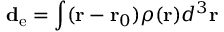
\mathbf { d } _ { \mathrm { { e } } } = \int ( { \mathbf { r } } - { \mathbf { r } } _ { 0 } ) \rho ( { \mathbf { r } } ) d ^ { 3 } { \mathbf { r } }